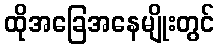
ထိုအခြေအနေမျိုးတွင်